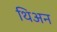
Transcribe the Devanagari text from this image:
थिअन